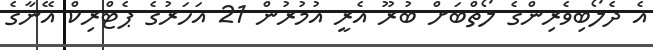
އެ ދެލޯބިވެރިންގެ ލޯތްބަށް ބުރޫ އެރީ އުމުރުން 21 އަހަރުގެ ޕެޓްރިކް އޭނާގެ